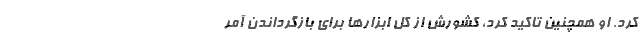
کرد. او همچنین تاکید کرد، کشورش از کل ابزارها برای بازگرداندن آمر